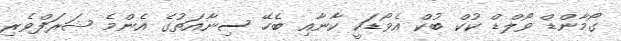
ގޯމާންޑް ވޯލްޑް ކުކް ބުކް އެވޯޑަކީ ކާނާއި ބެހޭ ސިނާއަތުގެ އެންމެ ޝަރަފްވެރި